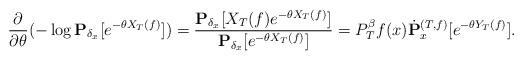
LaTeX: \begin{align*} \frac{\partial}{\partial \theta} (-\log \mathbf P_{\delta_x}[e^{-\theta X_T(f)}]) = \frac{\mathbf P_{\delta_x}[X_T(f)e^{-\theta X_T(f)}]}{\mathbf P_{\delta_x}[e^{-\theta X_T(f)}]} = P^\beta_T f(x) \dot {\mathbf P}_x^{(T,f)}[e^{-\theta Y_T(f)}]. \end{align*}